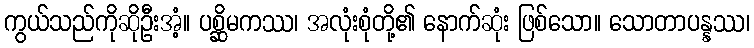
ကွယ်သည်ကိုဆိုဦးအံ့။ ပစ္ဆိမကဿ၊ အလုံးစုံတို့၏ နောက်ဆုံး ဖြစ်သော။ သောတာပန္နဿ၊